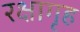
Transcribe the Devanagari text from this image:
रक्षागृह